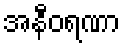
အနီဝရဏာ